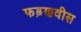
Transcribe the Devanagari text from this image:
फड़णवीस